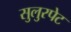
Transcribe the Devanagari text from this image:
सुलुरपेट